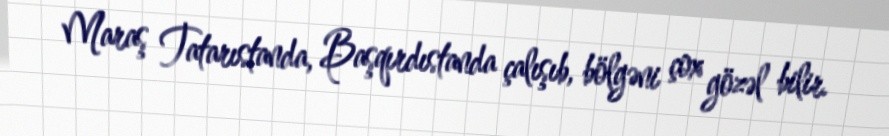
Maraş Tatarıstanda, Başqırdıstanda çalışıb, bölgəni çox gözəl bilir.